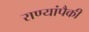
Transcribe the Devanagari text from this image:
राण्यांपैकी